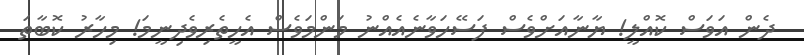
ދެން އަވަސް ކޮއްލީ! ޔާނާއަށްވެސް ފަސޭހަވާނެއެއްނު މަންމަވެސް އެހީތެރިވެދިނީމަ! މިހާރު ކޮބާތަ